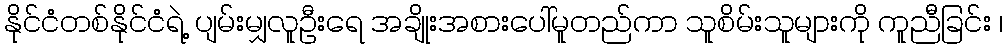
နိုင်ငံတစ်နိုင်ငံရဲ့ ပျမ်းမျှလူဦးရေ အချိုးအစားပေါ်မူတည်ကာ သူစိမ်းသူများကို ကူညီခြင်း ၊